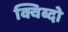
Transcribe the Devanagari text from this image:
क्विब्दो